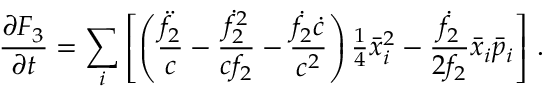
\frac { \partial F _ { 3 } } { \partial t } = \sum _ { i } \left[ \left( \frac { \ddot { f } _ { 2 } } { c } - \frac { \dot { f } _ { 2 } ^ { 2 } } { c f _ { 2 } } - \frac { \dot { f } _ { 2 } \dot { c } } { c ^ { 2 } } \right) { \textstyle \frac { 1 } { 4 } } \bar { x } _ { i } ^ { 2 } - \frac { \dot { f } _ { 2 } } { 2 f _ { 2 } } \bar { x } _ { i } \bar { p } _ { i } \right] \, .